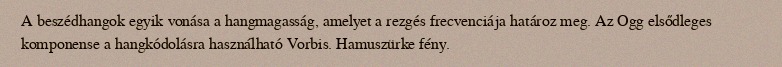
A beszédhangok egyik vonása a hangmagasság, amelyet a rezgés frecvenciája határoz meg. Az Ogg elsődleges komponense a hangkódolásra használható Vorbis. Hamuszürke fény.